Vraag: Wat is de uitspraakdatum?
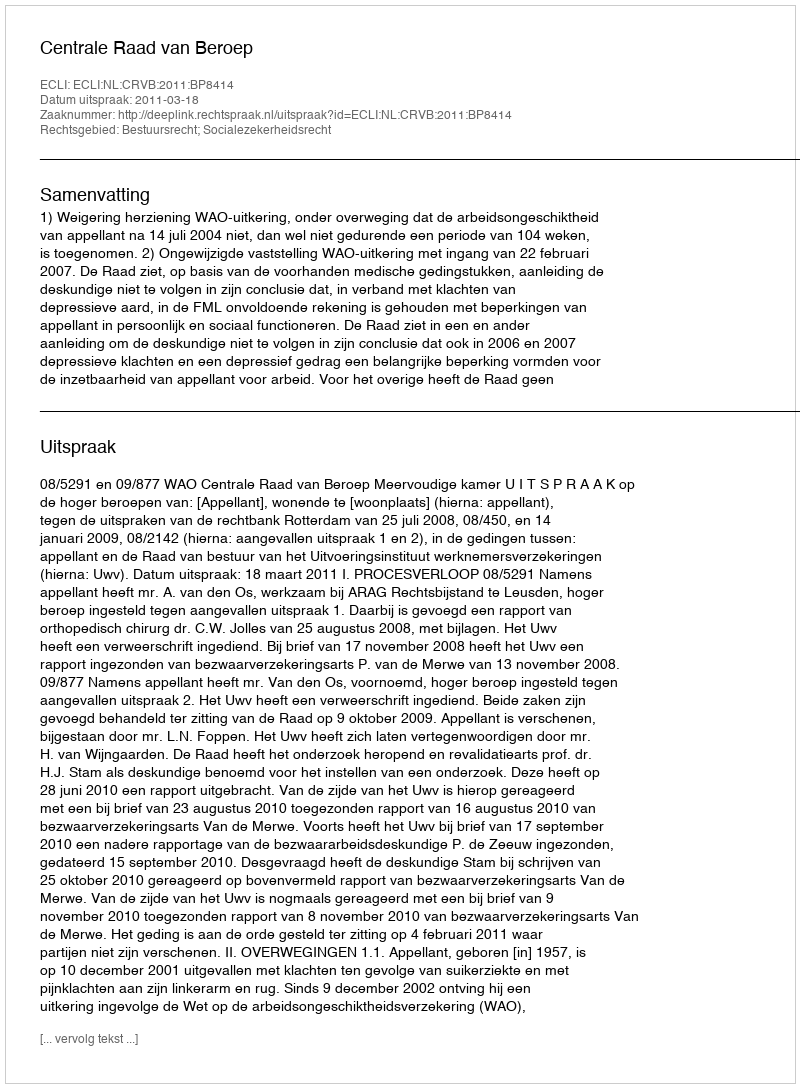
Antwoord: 2011-03-18